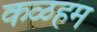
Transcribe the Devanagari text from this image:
कळहम